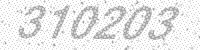
Solution: 310203